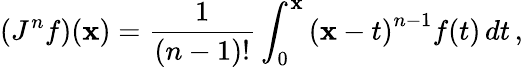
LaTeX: \left(J^{n}f\right)(\mathbf{x})={\frac{{1}}{{(n-1)!}}}\int_{0}^{\mathbf{x}}\left(\mathbf{x}-t\right)^{n-1}f(t)\, dt\, ,